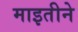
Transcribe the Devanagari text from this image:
माइतीने